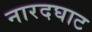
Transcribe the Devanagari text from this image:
नारदघाट